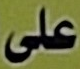
على